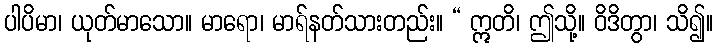
ပါပိမာ၊ ယုတ်မာသော။ မာရော၊ မာရ်နတ်သားတည်း။ “ ဣတိ၊ ဤသို့။ ဝိဒိတွာ၊ သိ၍။